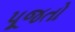
પૂજતો